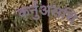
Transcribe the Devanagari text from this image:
कर्नुअसथि